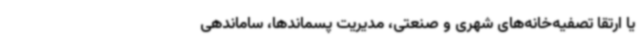
یا ارتقا تصفیه‌خانه‌های شهری و صنعتی‌، مدیریت پسماندها، ساماندهی